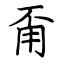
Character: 甭